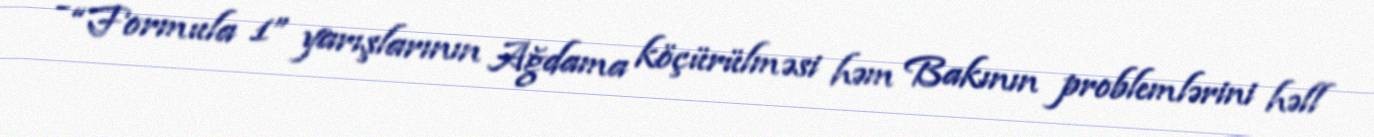
- “Formula 1” yarışlarının Ağdama köçürülməsi həm Bakının problemlərini həll